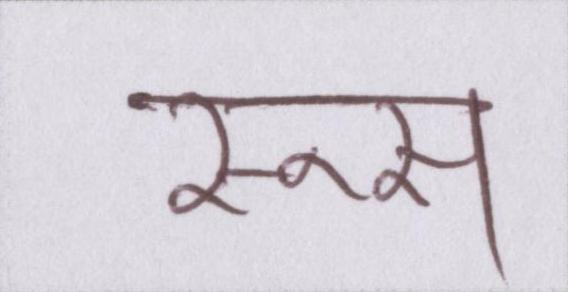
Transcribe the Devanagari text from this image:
रूस